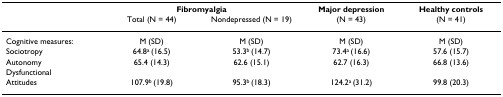
|  | <COLSPAN=2> Fibromyalgia | Major depression | Healthy controls |
 |  | Total (N = 44) | Nondepressed (N = 19) | (N = 43) | (N = 41) |
 | --- | --- | --- | --- | --- |
 | Cognitive measures: | M (SD) | M (SD) | M (SD) | M (SD) |
 | Sociotropy | 64.8a (16.5) | 53.3b (14.7) | 73.4a (16.6) | 57.6 (15.7) |
 | Autonomy | 65.4 (14.3) | 62.6 (15.1) | 62.7 (16.3) | 66.8 (13.6) |
 | Dysfunctional |  |  |  |  |
 | Attitudes | 107.9b (19.8) | 95.3b (18.3) | 124.2a (31.2) | 99.8 (20.3) |